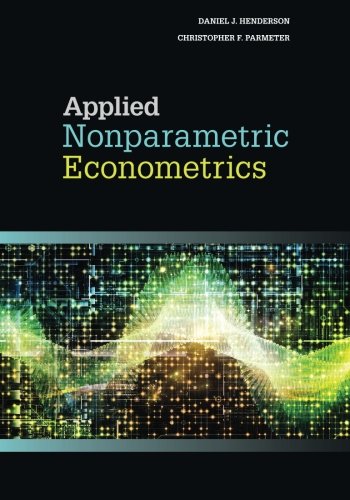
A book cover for Applied Nonparametric Econometrics; Daniel J. Henderson; Business & Money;